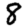
Digit: 8